Annual statistical returns and brief notes on vaccination in Bengal - 1909-1929
Year: 1909
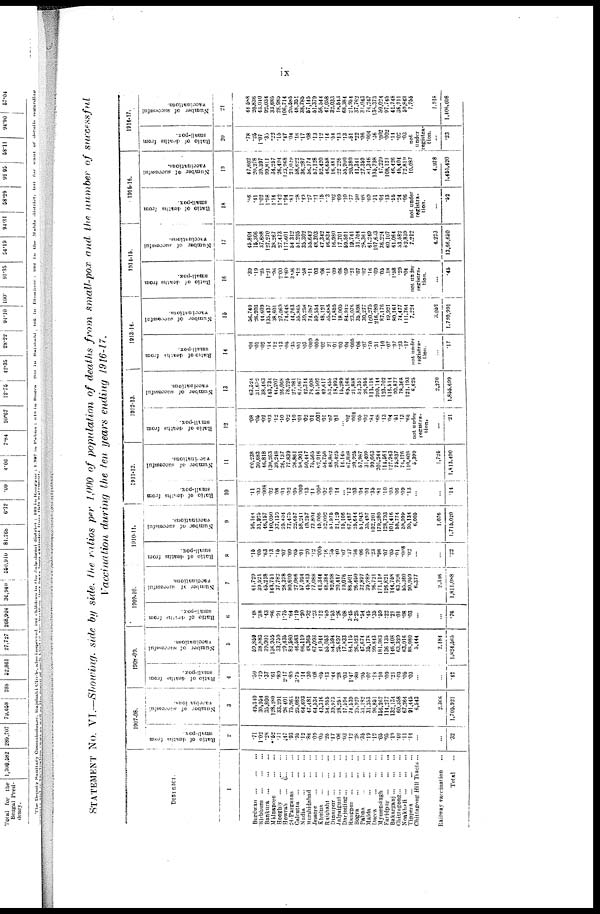
ix
STATEMENT No. VI.—Showing side by side, the ratios per 1,000 of population of deaths from small-pox and the number of successful
Vaccination during the ten years ending 1916-17.
DISTRICT.
1
Burdwan
...
...
...
Birbhum
...
...
...
Bankura
...
...
...
Midnapore ... ... ...
Hooghly ...
...
...
Howrah
...
...
...
24-Parganas
...
...
Calcutta
...
...
...
Nadia
...
...
...
Murshidabad
...
...
Jessore
...
...
...
Khulna
...
...
...
Rajshahi
...
...
...
Dinajpur
...
...
...
Jalpaiguri ... ... ...
Darjeeling ... ... ...
Rangpur
...
...
...
Bogra
...
...
...
Pabna
...
...
...
Malda
...
...
...
Dacca
...
...
...
Mymensingh
...
...
Faridpur
...
...
Bakarganj ... ... ...
Chittagong ... ... ...
Noakhali
...
...
...
Tippera
...
...
...
Chittagong Hill Tracts ...
Railway vaccination ...
Total ...
1907-08.
Ratio of deaths from
small-pox.
2
.71
1.02
.28
.52
.71
.47
.93
.95
.12
.86
.09
.05
.26
.17
.06
.03
.12
.28
.35
.19
.12
.06
.95
.19
.40
.11
.14
...
...
.32
Number of successful
vaccinations.
3
49,340
30,954
35,800
128,180
33,291
26,401
75,965
25,082
64,693
47,481
64,534
43,316
54,955
39,973
28,253
17,594
74,539
25,929
51,192
31,353
96,851
156,267
114,277
132,134
60,358
67,264
91,445
6,543
2,366
1,705,921
1908-09.
Ratio of deaths from
small-pox.
4
.50
.79
.37
.61
.89
2.17
.89
3.75
.14
.30
.08
.05
.13
.44
.28
.03
1.47
.80
.95
.07
.18
.10
.09
.21
.03
.05
.03
...
...
.42
Number of successful
vaccinations.
5
59,859
38,883
39,901
136,955
33,759
29,435
82,580
46,583
66,119
48,365
67,093
41,944
55,053
54,594
25,697
17,833
84,115
26,523
47,674
35,178
99,843
181,983
136,135
146,408
63,339
63,016
88,080
5,444
2,184
1,824,565
1909-10.
Ratio of deaths from
small-pox.
6
.18
.38
.43
.86
.91
1.75
.64
1.19
.30
.32
.23
.12
.59
1.53
.26
.08
3.45
3.25
.54
.45
.35
.59
.22
.21
.01
.08
.03
...
.76
Number of successful
vaccinations.
7
61,729
39,521
45,218
143,751
37,782
28,378
80,690
27,066
57,924
45,813
77,088
41,344
48,384
92,698
20,417
19,076
86,501
26,450
32,897
39,989
96,721
171,114
126,821
144,758
63,926
65,360
90,959
6,377
2,346
1,811,088
1910-11.
Ratio of deaths from
small-pox.
8
.15
.05
.63
.13
.15
.07
.09
.05
.01
.20
.12
.005
.16
.36
.40
.07
.37
.56
.06
.20
.23
.96
.07
.05
.01
.008
.02
...
...
.33
Number of successful
vaccinations.
9
56,164
31,925
46,157
140,050
37,139
25,404
77,475
22,657
58,241
19,257
73,804
46,006
52,092
51,975
21,129
15,106
67,487
26,644
51,043
35.497
102,201
179,380
128,793
101,416
68,774
58,990
95,134
6,005
1,076
1,715,020
1911-12.
Ratio of deaths from
small-pox.
10
.11
.03
.008
.02
.08
.01
.02
.05
.009
.13
.11
.002
.02
.09
.14
...
.12 .03
.04
.01
.35
.81
.10
.03
.06
.09
.13
...
...
.14
Number of successful
vacillations.
11
60,238
30,683
46,818
130,263
39,248
26,137
77,839
26,861
58,901
50,447
75,565
62,916
54,756
48,862
20,425
14,148
67,898
20,925
57,987
31,409
99,663
201,344
111,561
127,943
75,837
74,176
110,608
5,399
1,736
1,813,490
1012-13.
Ratio of deaths from
12
.08
.05
.02
.03
.12
.10
.03
.10
.01
.03
.01
.001
.01
.07
.01
...
.02
.004
.05
.02
.83
.68
.13
.04
.51
.13
.65
not under
registra-
----.
...
.21
Number of successful
vaccinations.
13
63,524
3l,632
38,463
143,734
44,207
26,068
78,225
27,981
62,467
42,344
76,008
51,502
49,617
53,455
18,993
15,289
69,166
21,888
52,351
26,956
113,116
209,114
133,702
116,514
90,877
78,368
121,193
6,625
2,270
1,855,699
1913-14.
Ratio of deaths from
small-pox.
14
.04
.01
.02
.14
.12
.13
.05
.35
.01
.03
.009
.005
.02
.31
.01
.03
.04
.005
.06
.07
.70
.31
.10
.07
.97
.23
.17
not under
registra-
tion.
.17
Number of successful
vaccinations.
15
56,740
26,303
44,609
135,437
38,601
27,069
74,646
44,763
55,865
39,258
74,087
59,554
48,131
55,685
17,855
18,005
84,912
23,076
35,898
30,277
100,275
216,280
87,176
49,931
80,161
74,477
111,764
7,224
3,052
1,720,991
1914-15.
Ratio of deaths from
small-pox.
16
.39
.19
.25
1.21
.96
2.00
1.60
3.06
.12
.58
.11
.03
.06
.11
.09
.06
.09
.21
.07
.07
.16
.09
.05
.18
1.58
.29
.04
not under
registra¬
tion.
...
.45
Number of successful
vaccinations.
17
45,804
15,306
37,688
127,270
38,267
27,473
117,601
54,312
51,295
35,302
55,643
48,303
47,342
46,834
16,980
17,701
59,591
19,741
31,704
25,361
61,249
107,683
36,224
60,107
61,064
53,582
53,839
7,212
4,233
13,66,650
1915-16.
Ratio of deaths from
small-pox.
18
.56
.41
1.02
1.98
1.14
1.42
1.94
.81
.28
.19
.27
.21
.15
.13
.02
.09
.10
.77
.50
.08
.09
.31
.04
.13
.56
.24
.06
not under
registra-
tion.
.52
Number of successful
vaccinations.
19
47,603
20,278
39,397
99,811
34,257
26,494
123,968
31,029
58,623
36,287
56,174
57,128
52,420
46,658
16,481
22,226
55,900
20,380
41,341
27,359
81,346
135,798
17,229
108,121
46,426
45,404
72,819
10,087
4,978
1,465,430
1916-17.
Ratio of deaths from
small-pox.
20
.78
.26
1.07
.35
.23
.15
.47
.04
.16
.17
.08
.13
.12
.14
.54
.13
.13
.51
.22
.06
.004
.36
.002
.002
.11
.02
.03
not
under
registra-
tion.
...
.23
Number of successful
vaccinations.
21
44,588
20,836
43,040
93,034
33,685
28,985
106,714
30,685
48,351
38,785
57,145
51,379
56,544
47,058
33,033
l8,543
68,384
21,954
37,762
31,043
74,243
136,373
50,024
87,745
41,748
36,911
59,843
7,755
1,918
1,406,008